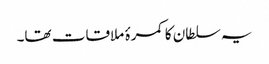
یہ سلطان کا کمرۂ ملاقات تھا۔